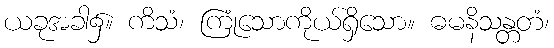
ယခုအခါ၌။ ကိသံ၊ ကြုံသောကိုယ်ရှိသော။ ဓမနိသန္တတံ၊